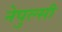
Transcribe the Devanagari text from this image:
नेपुल्सी